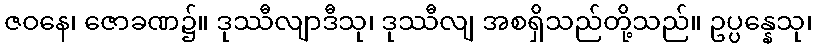
ဇဝနေ၊ ဇောခဏ၌။ ဒုဿီလျာဒီသု၊ ဒုဿီလျ အစရှိသည်တို့သည်။ ဥပ္ပန္နေသု၊